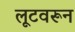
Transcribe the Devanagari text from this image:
लूटवरून